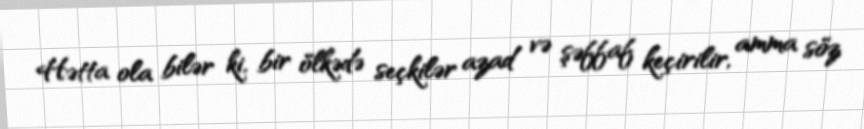
Hətta ola bilər ki, bir ölkədə seçkilər azad və şəffaf keçirilir, amma söz